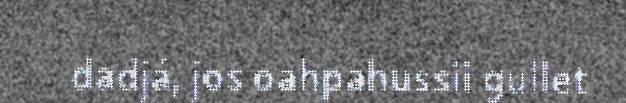
dadjá, jos oahpahussii gullet